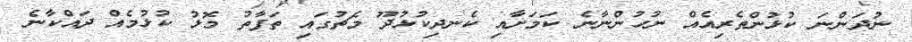
ނުދަންނަ ކުޅުންތެރިއެއް ނުހުންނާނެ ކަމަށާއި ކެނދިކުޅުދޫ މެޗުގައި ތަފާތު މޮޅު ކުޅުމެއް ދައްކާނެ